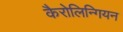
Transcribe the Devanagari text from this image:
कैरोलिन्गियन